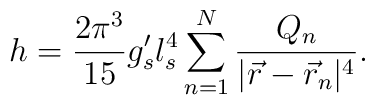
h = \frac{2 \pi^3}{15} g^{\prime}_s l_s^4 \sum_{n=1}^{N} \frac{Q_n}{| \vec{r} - \vec{r}_n |^4}  .